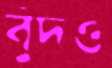
বুঁদও